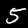
Label: 5